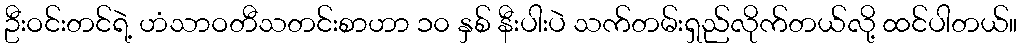
ဦးဝင်းတင်ရဲ့ ဟံသာဝတီသတင်းစာဟာ ၁၀ နှစ် နီးပါးပဲ သက်တမ်းရှည်လိုက်တယ်လို့ ထင်ပါတယ်။